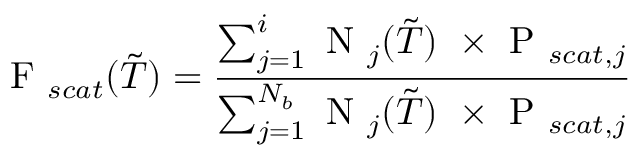
\textrm { F } _ { s c a t } ( \tilde { T } ) = \frac { \sum _ { j = 1 } ^ { i } \textrm { N } _ { j } ( \tilde { T } ) \ \times \textrm { P } _ { s c a t , j } } { \sum _ { j = 1 } ^ { N _ { b } } \textrm { N } _ { j } ( \tilde { T } ) \ \times \textrm { P } _ { s c a t , j } }